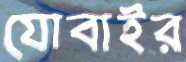
যোবাইর